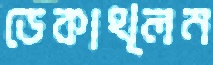
ডেকাথ্লন